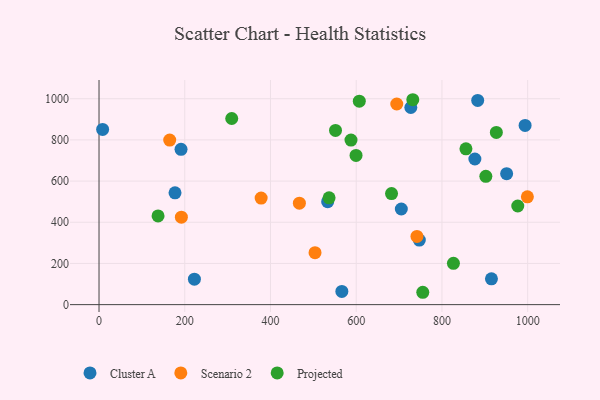
{"axis": {"x": "Speed", "y": "Sales"}, "legend": ["Cluster A", "Projected", "Scenario 2"], "data": [{"x": "876.8", "y": 707.3, "type": "Cluster A"}, {"x": "191.3", "y": 754.2, "type": "Cluster A"}, {"x": "747.2", "y": 313.6, "type": "Cluster A"}, {"x": "705.2", "y": 464.5, "type": "Cluster A"}, {"x": "222.5", "y": 123.7, "type": "Cluster A"}, {"x": "727.4", "y": 957.3, "type": "Cluster A"}, {"x": "533.4", "y": 500.1, "type": "Cluster A"}, {"x": "566.5", "y": 63.9, "type": "Cluster A"}, {"x": "883.4", "y": 991.7, "type": "Cluster A"}, {"x": "994.0", "y": 870.1, "type": "Cluster A"}, {"x": "177.3", "y": 542.8, "type": "Cluster A"}, {"x": "950.9", "y": 636.2, "type": "Cluster A"}, {"x": "8.4", "y": 850.8, "type": "Cluster A"}, {"x": "915.5", "y": 125.1, "type": "Cluster A"}, {"x": "741.7", "y": 331.3, "type": "Scenario 2"}, {"x": "999.3", "y": 523.5, "type": "Scenario 2"}, {"x": "164.9", "y": 799.1, "type": "Scenario 2"}, {"x": "694.6", "y": 974.3, "type": "Scenario 2"}, {"x": "378.2", "y": 517.4, "type": "Scenario 2"}, {"x": "467.4", "y": 492.9, "type": "Scenario 2"}, {"x": "192.1", "y": 424.7, "type": "Scenario 2"}, {"x": "503.9", "y": 252.1, "type": "Scenario 2"}, {"x": "826.8", "y": 200.7, "type": "Projected"}, {"x": "137.7", "y": 430.7, "type": "Projected"}, {"x": "732.0", "y": 995.1, "type": "Projected"}, {"x": "599.6", "y": 724.6, "type": "Projected"}, {"x": "309.6", "y": 903.8, "type": "Projected"}, {"x": "856.0", "y": 756.6, "type": "Projected"}, {"x": "902.4", "y": 623.0, "type": "Projected"}, {"x": "976.9", "y": 479.1, "type": "Projected"}, {"x": "551.7", "y": 846.2, "type": "Projected"}, {"x": "587.8", "y": 799.3, "type": "Projected"}, {"x": "682.4", "y": 539.3, "type": "Projected"}, {"x": "755.3", "y": 60.0, "type": "Projected"}, {"x": "926.9", "y": 836.4, "type": "Projected"}, {"x": "607.2", "y": 987.9, "type": "Projected"}, {"x": "536.7", "y": 518.7, "type": "Projected"}]}